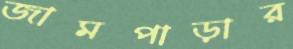
জামপাড়ার